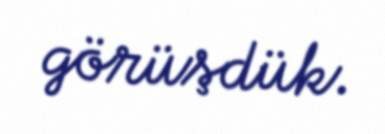
görüşdük.